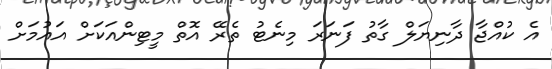
އެ ކުއްޖާ ދާނިޔަލް ގާތު ފަނަރަ މިނެޓު ތެރޭ އޮތް މީޓިންއަކަށް އައުމަށް